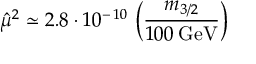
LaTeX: { \hat { \mu } } ^ { 2 } \simeq 2 . 8 \cdot 1 0 ^ { - \, 1 0 } \, \left( \frac { m _ { 3 / 2 } } { 1 0 0 \: \mathrm { G e V } } \right)